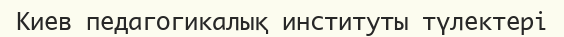
Киев педагогикалық институты түлектері